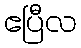
ဧပြီလ